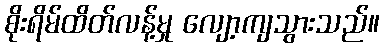
စိုးရိမ်ထိတ်လန့်မှု လျော့ကျသွားသည်။